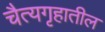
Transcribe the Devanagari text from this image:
चैत्यगृहातील